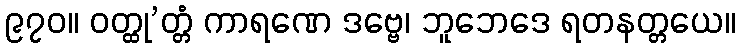
၉၇၀။ ဝတ္ထု’တ္တံ ကာရဏေ ဒဗ္ဗေ၊ ဘူဘေဒေ ရတနတ္တယေ။